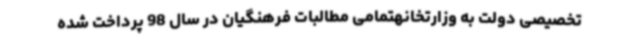
تخصیصی دولت به وزارتخانهتمامی مطالبات فرهنگیان در سال 98 پرداخت شده